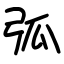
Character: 弧